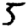
Digit: 5